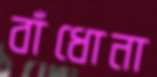
বাঁধোনা